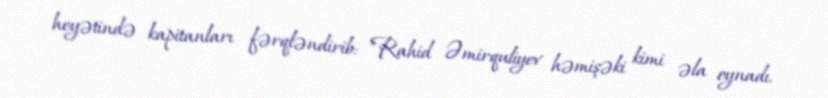
heyətində kapitanları fərqləndirib: "Rahid Əmirquliyev həmişəki kimi əla oynadı.